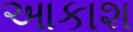
આકાશ